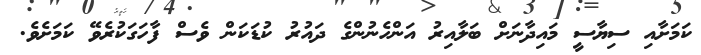
ކަމަށާއި ސިޔާސީ މައިދާނަށް ބަލާއިރު އަންހެނުންގެ ދައުރު ކުޑަކަން ވެސް ފާހަގަކުރެވޭ ކަމަށެވެ.